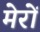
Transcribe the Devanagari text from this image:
मेरों